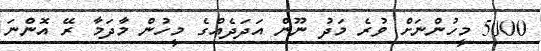
5000 މީހުންނަށް ވުރެ މަދު ނޫން އަދަދެއްގެ މީހުން މާދަމާ ރޭ އޮންނަ